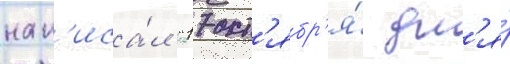
нап'иса́л "17 окт'ябр'я́ дл'я́